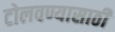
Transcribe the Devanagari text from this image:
टोलवण्यासाठी